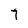
Character: 7